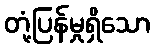
တုံ့ပြန်မှုရှိသော